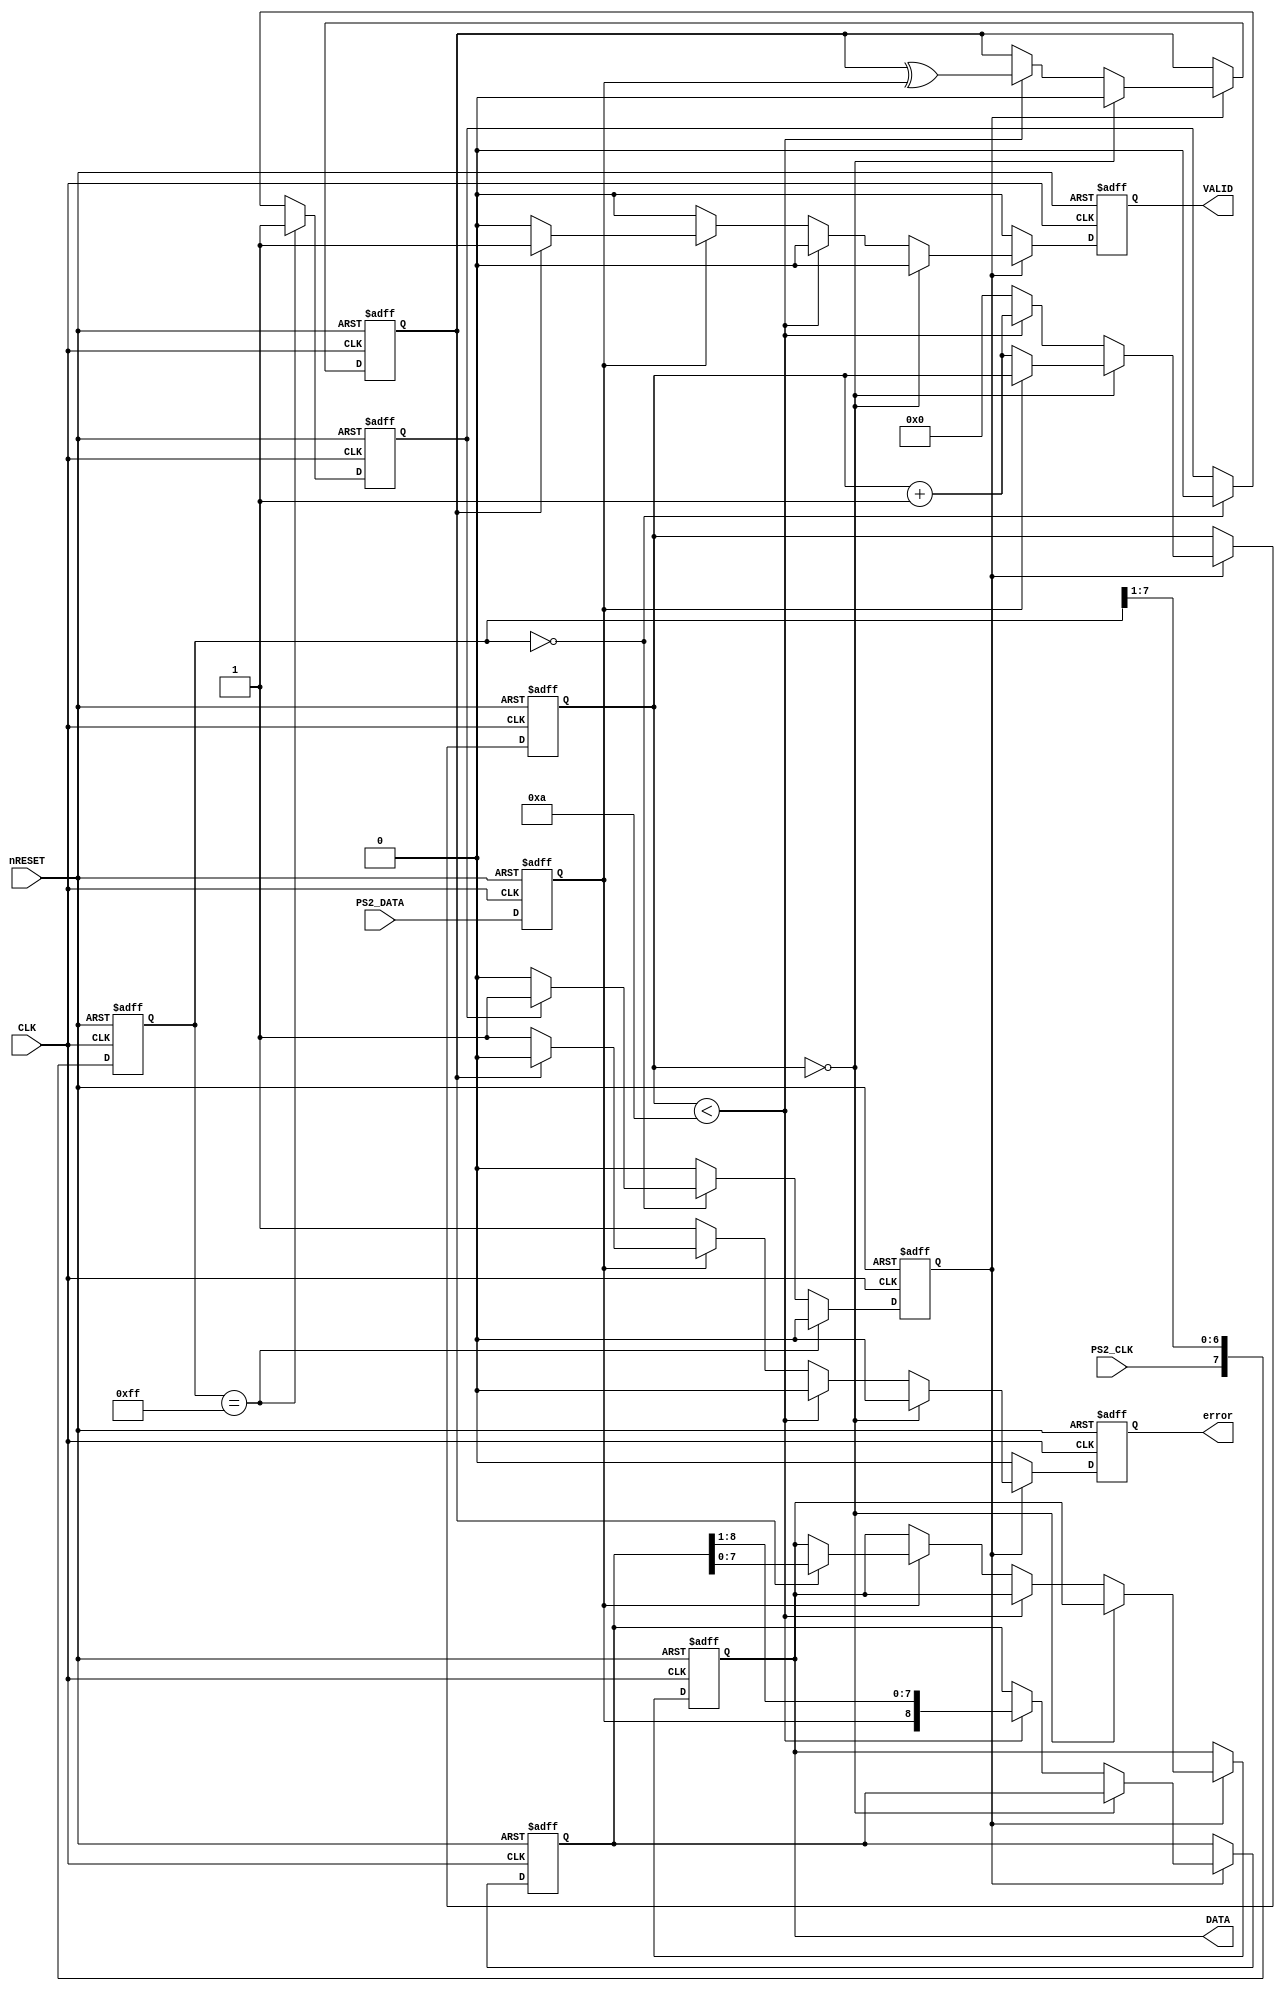
// This is input-only for the time being
module ps2_intf
  (
   input            CLK,
   input            nRESET,
                 
   // PS/2 interface (could be bi-dir)
   input            PS2_CLK,
   input            PS2_DATA,
   
   // Byte-wide data interface - only valid for one clock
   // so must be latched externally if required
   output reg [7:0] DATA,
   output reg       VALID,
   output reg       error
   );
   

   reg [7:0]        clk_filter;
   reg              ps2_clk_in;
   reg              ps2_dat_in;
   reg              clk_edge; // Goes high when a clock falling edge is detected
   reg [3:0]        bit_count;
   reg [8:0]        shiftreg;
   reg              parity;


   always @(posedge CLK, negedge nRESET)
     begin
        if (!nRESET)
          begin
             ps2_clk_in <= 1'b1;
             ps2_dat_in <= 1'b1;
             clk_filter <= 8'hff;
             clk_edge   <= 1'b0;
             end
        else
          begin
            // Register inputs (and filter clock)
             ps2_dat_in <= PS2_DATA;
             clk_filter <= { PS2_CLK, clk_filter[7:1] };
             clk_edge   <= 1'b0;

             if (clk_filter == 8'hff)
               // Filtered clock is high
               ps2_clk_in <= 1'b1;
             else if (clk_filter == 8'h00)
               begin
                  // Filter clock is low, check for edge
                  if (ps2_clk_in)
                    clk_edge <= 1'b1;
                  ps2_clk_in <= 1'b0;
               end
          end        
     end

    // Shift in keyboard data
   always @(posedge CLK, negedge nRESET)
     begin
        if (!nRESET)
          begin
             bit_count <= 0;
             shiftreg  <= 0;
             DATA      <= 0;             
             parity    <= 1'b0;
             VALID     <= 1'b0;
             error     <= 1'b0;
          end
        else
          begin
             // Clear flags
             VALID <= 1'b0;
             error <= 1'b0;

             if (clk_edge)
               // We have a new bit from the keyboard for processing
               if (bit_count == 0)
                 begin
                    // Idle state, check for start bit (0) only and don't
                    // start counting bits until we get it
                    
                    parity <= 1'b0;
                    if (!ps2_dat_in)                                        
                      bit_count <= bit_count + 1; // This is a start bit
                 end
               else
                 begin                 
                    // Running.  8-bit data comes in LSb first followed by
                    // a single stop bit (1)
                    if (bit_count < 10)
                      begin
                         // Shift in data and parity (9 bits)
                         bit_count <= bit_count + 1;
                         shiftreg  <= { ps2_dat_in,  shiftreg[8:1] };
                         parity    <= parity ^ ps2_dat_in;
                      end
                    else if (ps2_dat_in)
                      begin
                         // Valid stop bit received
                         bit_count <= 0;        // back to idle
                         if (parity)
                           begin
                              // Parity correct, submit data to host
                              DATA  <= shiftreg[7:0];
                              VALID <= 1'b1;
                           end
                         else
                           error <= 1'b1;
                      end
                    else
                      begin
                         // Invalid stop bit
                         bit_count <= 0;        // back to idle
                         error     <= 1'b1;
                      end
                 end
          end
     end
endmodule